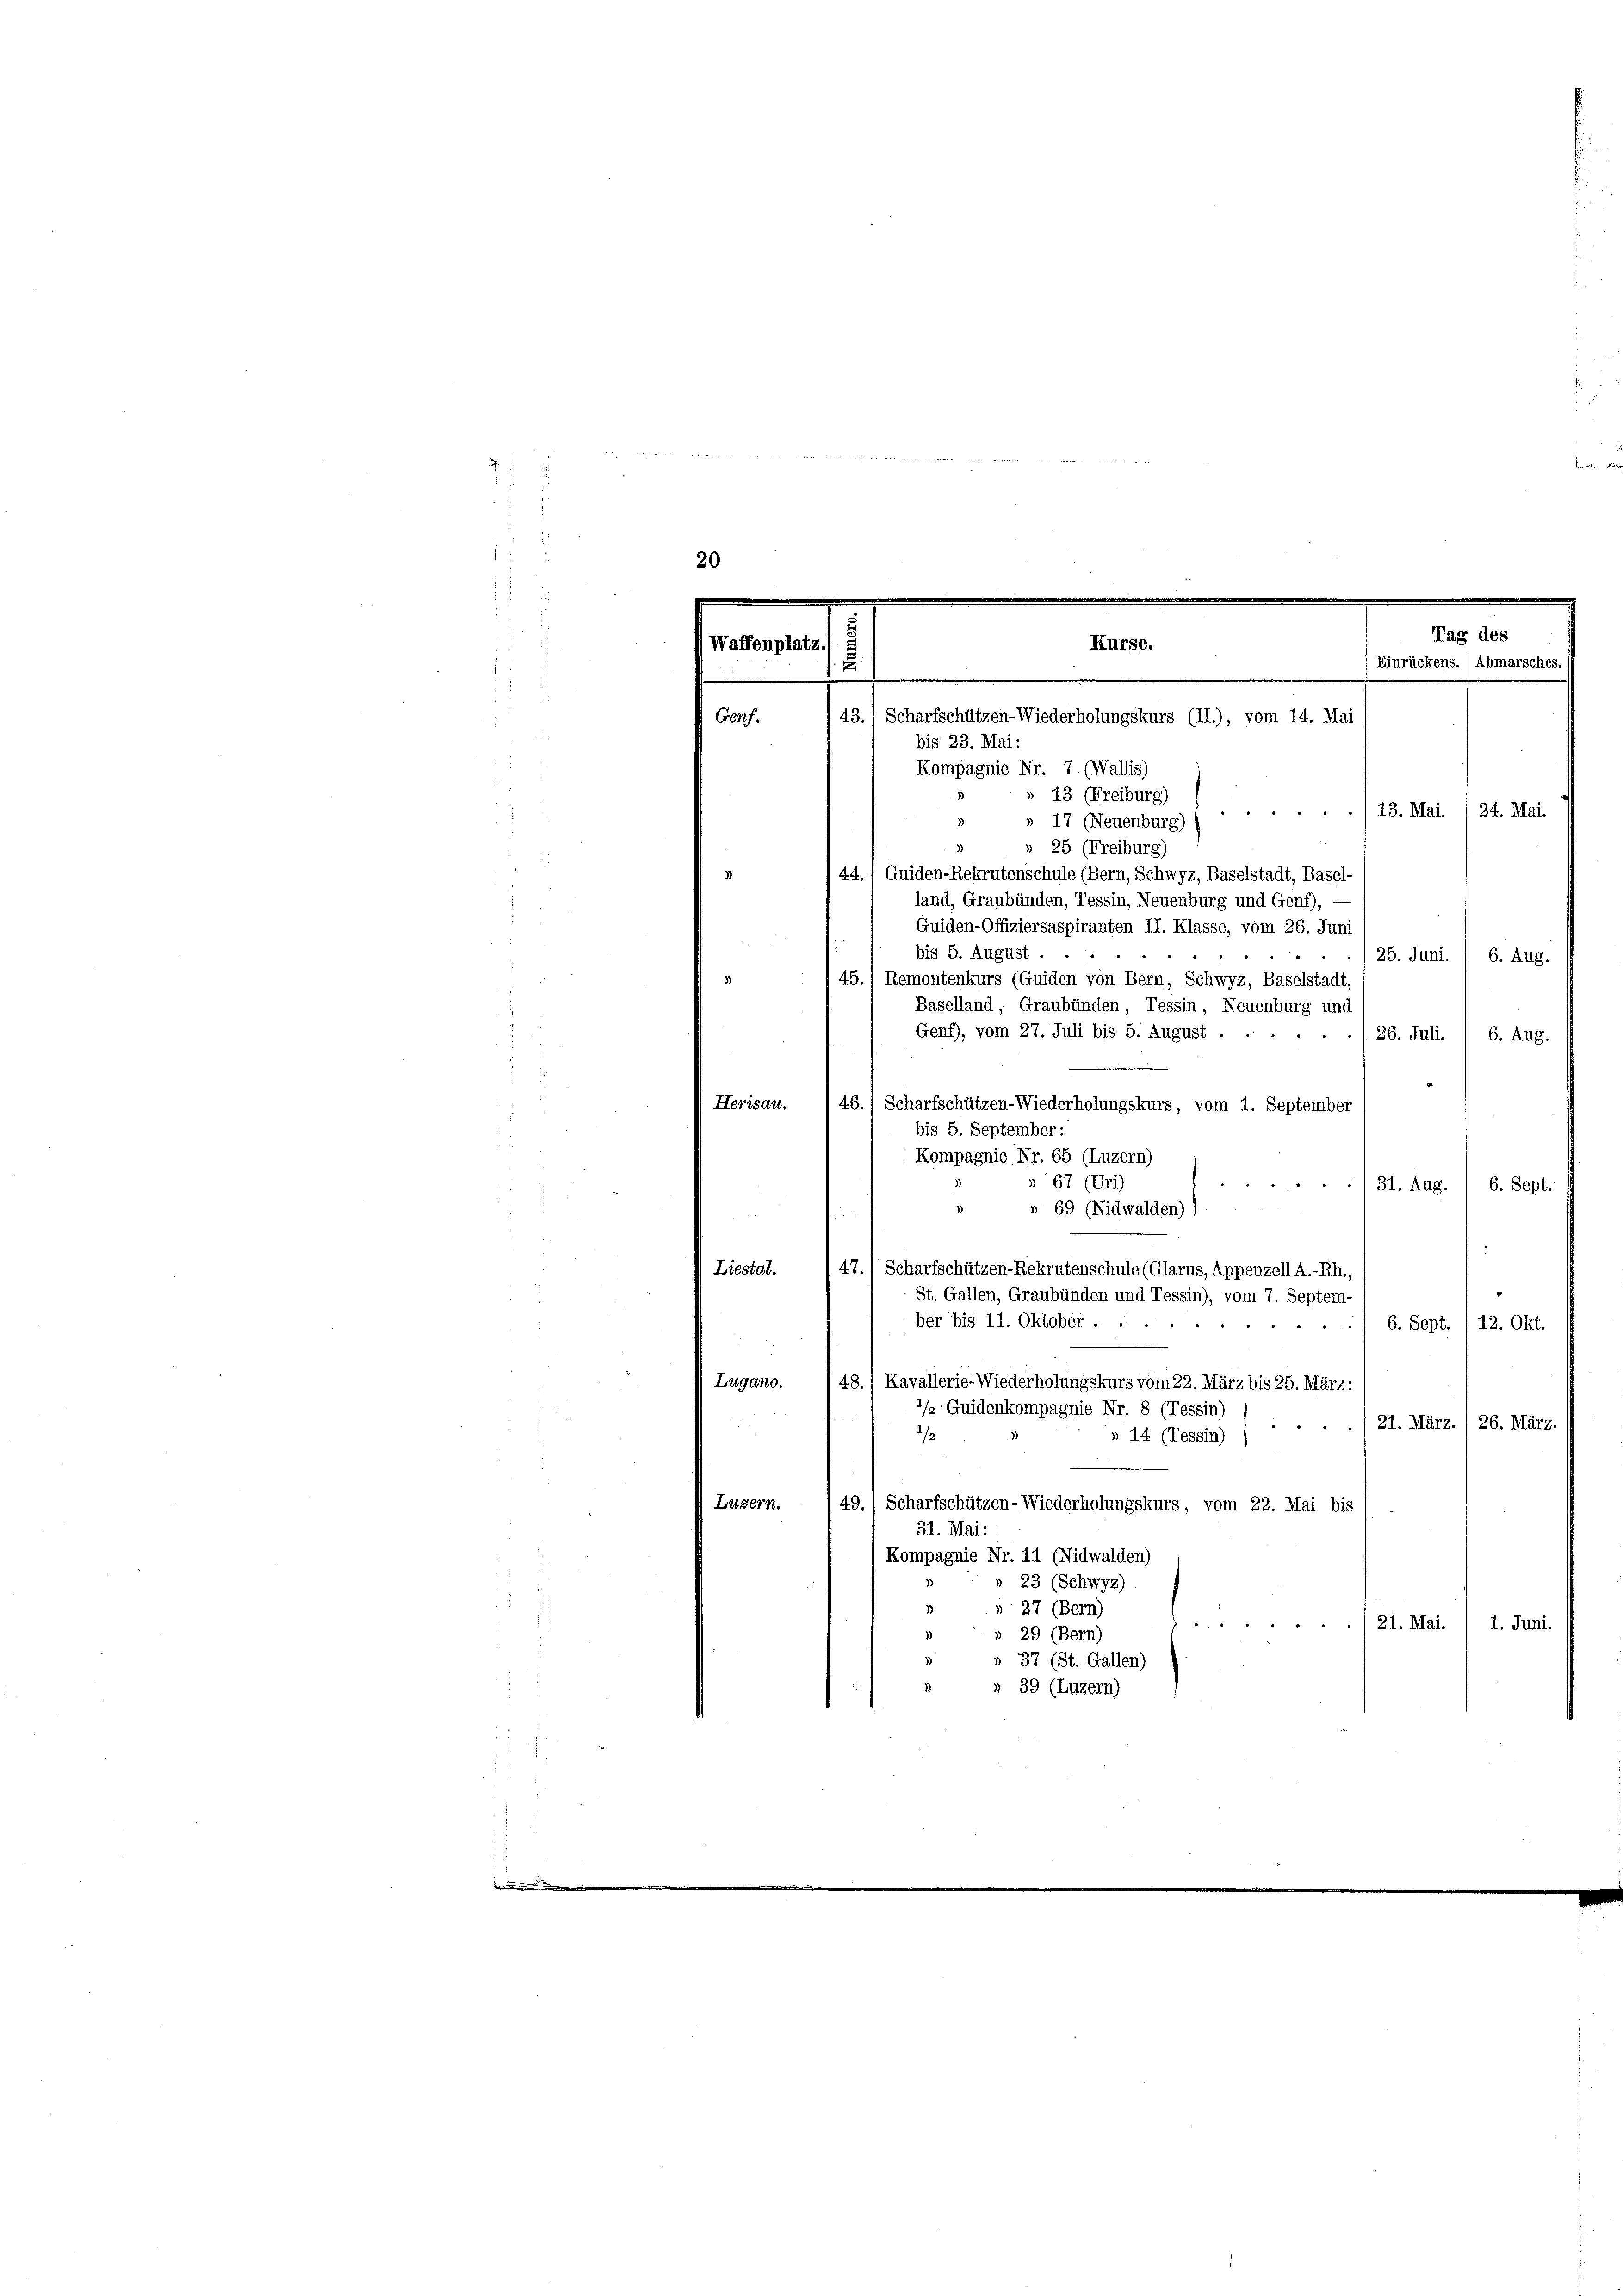
s
.
20
 43. Scharfschützen-Wiederholungskurs (II.), vom 14. Mai
Genf.
bis 23. Mai:
Kompagnie Nr. 7. (Wallis)
 13 (Freiburg)
./13. Mai. 1 24. Mai.
17 (Neuenburg)
» 25 (Freiburg)
44.1 Guiden-Rekrutenschule (Bern, Schwyz, Baselstadt, Basel-
land, Graubünden, Tessin, Neuenburg und Genf),
Guiden-Offiziersaspiranten II. Klasse, vom 26. Juni
bis 5. August.
25. Juni. 1 6. Aug.
45. 1 Remontenkurs (Guiden von Bern, Schwyz, Baselstadt
Baselland, Graubünden, Tessin, Neuenburg und
Genf), vom 27. Juli bis 5. August ....... 26. Juli. / 6. Aug.
46. 1 Scharfschützen-Wiederholungskurs, vom 1. September
Herisau.
bis 5. September:
Kompagnie Nr. 65 (Luzern)
 67 (Uri)

31. Aug.
6. Sept.
» 69 (Nidwalden))
47. 1 Scharfschützen-Rekrutenschule (Glarus, Appenzell A.-Rh.,
Liestat.
St. Gallen, Graubünden und Tessin), vom 7. Septem-
ber bis 11. Oktober .....
6. Sept. 112. Okt.
"
e
48.) Kavallerie-Wiederholungskurs vom 22. März bis 25. März:
Lugano.
’/2 Guidenkompagnie Nr. 8 (Tessin)
21. März. ) 26. März.
 " "
1/2
n 14 (Tessin)
Luzern.
49.) Scharfschützen-Wiederholungskurs, vom 22. Mai bis
31. Mai:
Kompagnie Nr. 11 (Nidwalden)
23 (Schwyz)
27 (Bern)
 x 2 2
21. Mai. / 1. Juni.
 29 (Bern)
» 37 (St. Gallen)
 n 39 (Luzern)

Beiden

Tag des
Kurse.
Waffenplatz
Einrückens. (Abmarsches
.
.

.